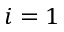
i = 1